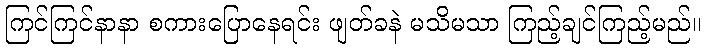
ကြင်ကြင်နာနာ စကားပြောနေရင်း ဖျတ်ခနဲ မသိမသာ ကြည့်ချင်ကြည့်မည်။